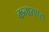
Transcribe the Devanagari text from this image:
कनाराएस